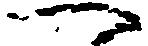
へ